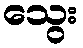
သွေး